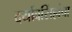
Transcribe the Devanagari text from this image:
दर्यावसिंहांचा